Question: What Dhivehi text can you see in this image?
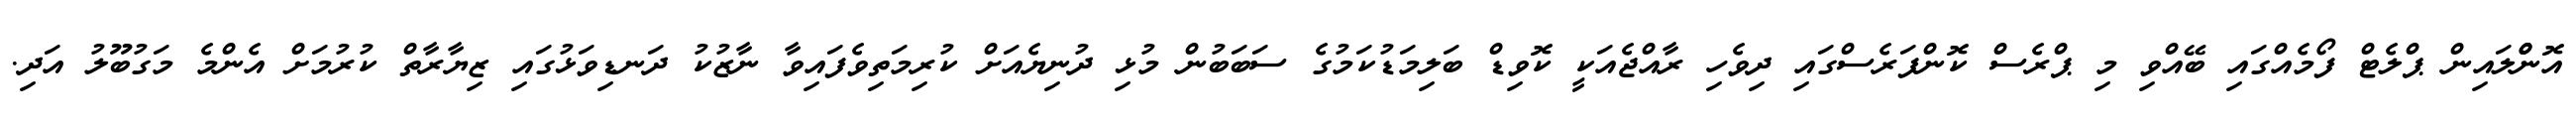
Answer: އޮންްލައިން ޕްލެޓް ފޯމެއްގައި ބޭއްވި މި ޕްރެސް ކޮންފަރެސްގައި ދިވެހި ރާއްޖެއަކީ ކޮވިޑް ބަލިމަޑުކަމުގެ ސަބަބުން މުޅި ދުނިޔެއަށް ކުރިމަތިވެފައިވާ ނާޒުކު ދަނޑިވަޅުގައި ޒިޔާރާތް ކުރުމަށް އެންމެ މަގުބޫލު އަދި.